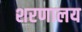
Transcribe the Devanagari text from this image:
शरणालय